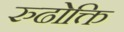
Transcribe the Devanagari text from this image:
रुढोक्ति